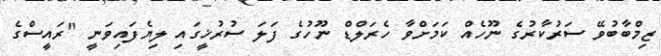
ޒިމްބާބުވޭ ސަރުކާރުގެ ނޫހެއް ކަމަށްވާ ހެރަލްޑް ނޫހުގެ ފަލަ ސުރުޚީގައި ލިޔެފައިވަނީ "ރައީސްގެ